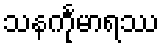
သနင်္ကုမာရဿ